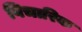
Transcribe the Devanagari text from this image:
विचारिक